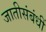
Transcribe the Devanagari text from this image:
जातीसंबंधीं